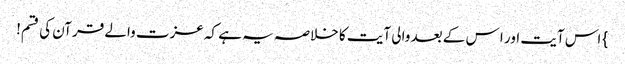
} اس آیت اور ا س کے بعد والی آیت کا خلاصہ یہ ہے کہ عزت والے قرآن کی قسم!